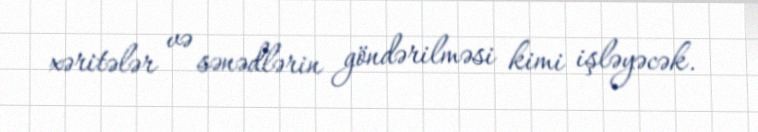
xəritələr və sənədlərin göndərilməsi kimi işləyəcək.